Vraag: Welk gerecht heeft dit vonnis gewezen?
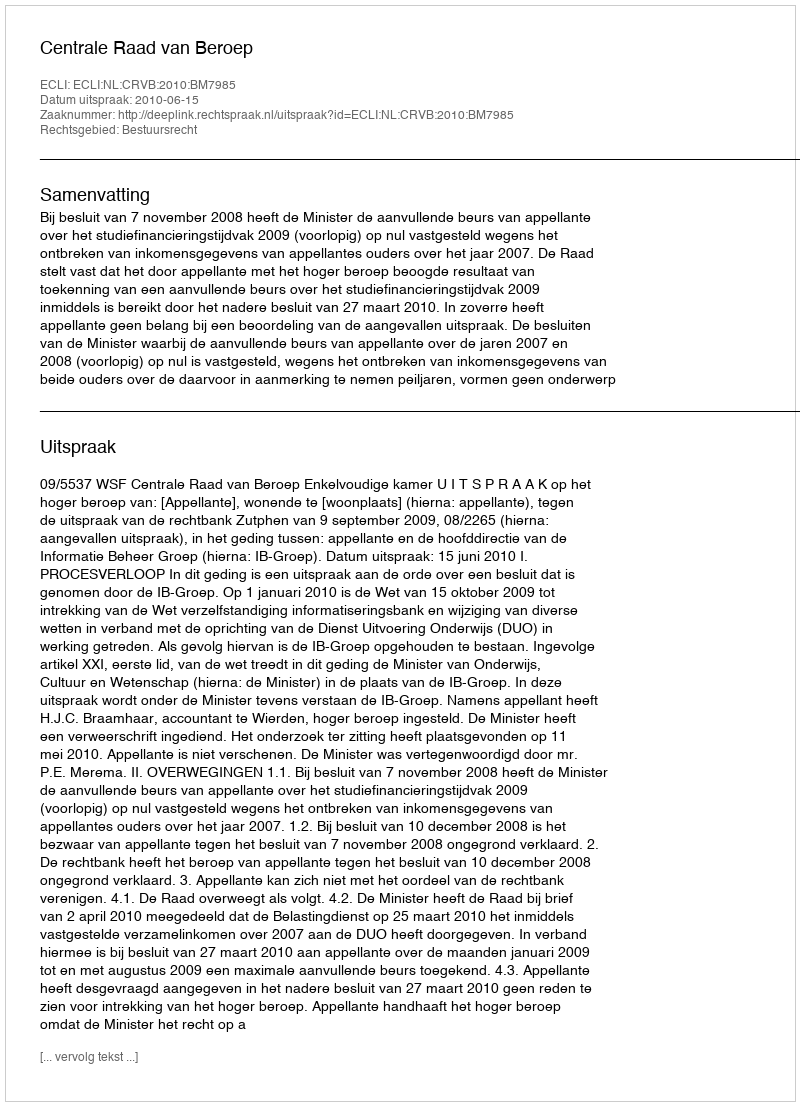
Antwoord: Centrale Raad van Beroep